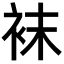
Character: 袜